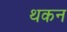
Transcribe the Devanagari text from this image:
थकन